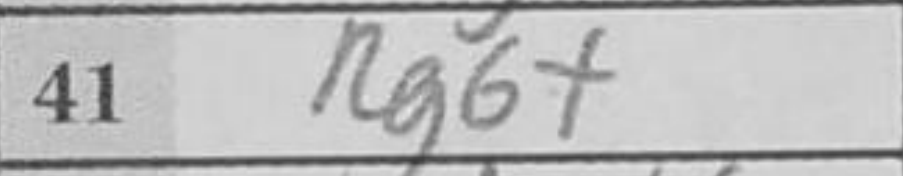
Transcription: Rg6+